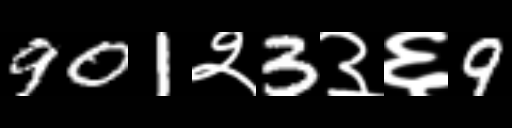
Text: 901२3३६9